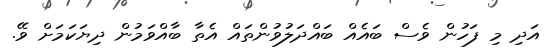
އަދި މި ފަހުން ވެސް ބައެއް ބައްދަލުވުންތައް އެތާ ބާއްވަމުން ދިޔަކަމަށް ވޭ.